Bréfritari: Soffía Daníelsdóttir
Viðtakandi: Jakobína Magnúsdóttir og Daníel Halldórsson
Dagsetning: A-1905-08-23
Skrifað á: Skeggjastöðum  N-Múl.
Soffía var dóttir Jakobínu og Daníels

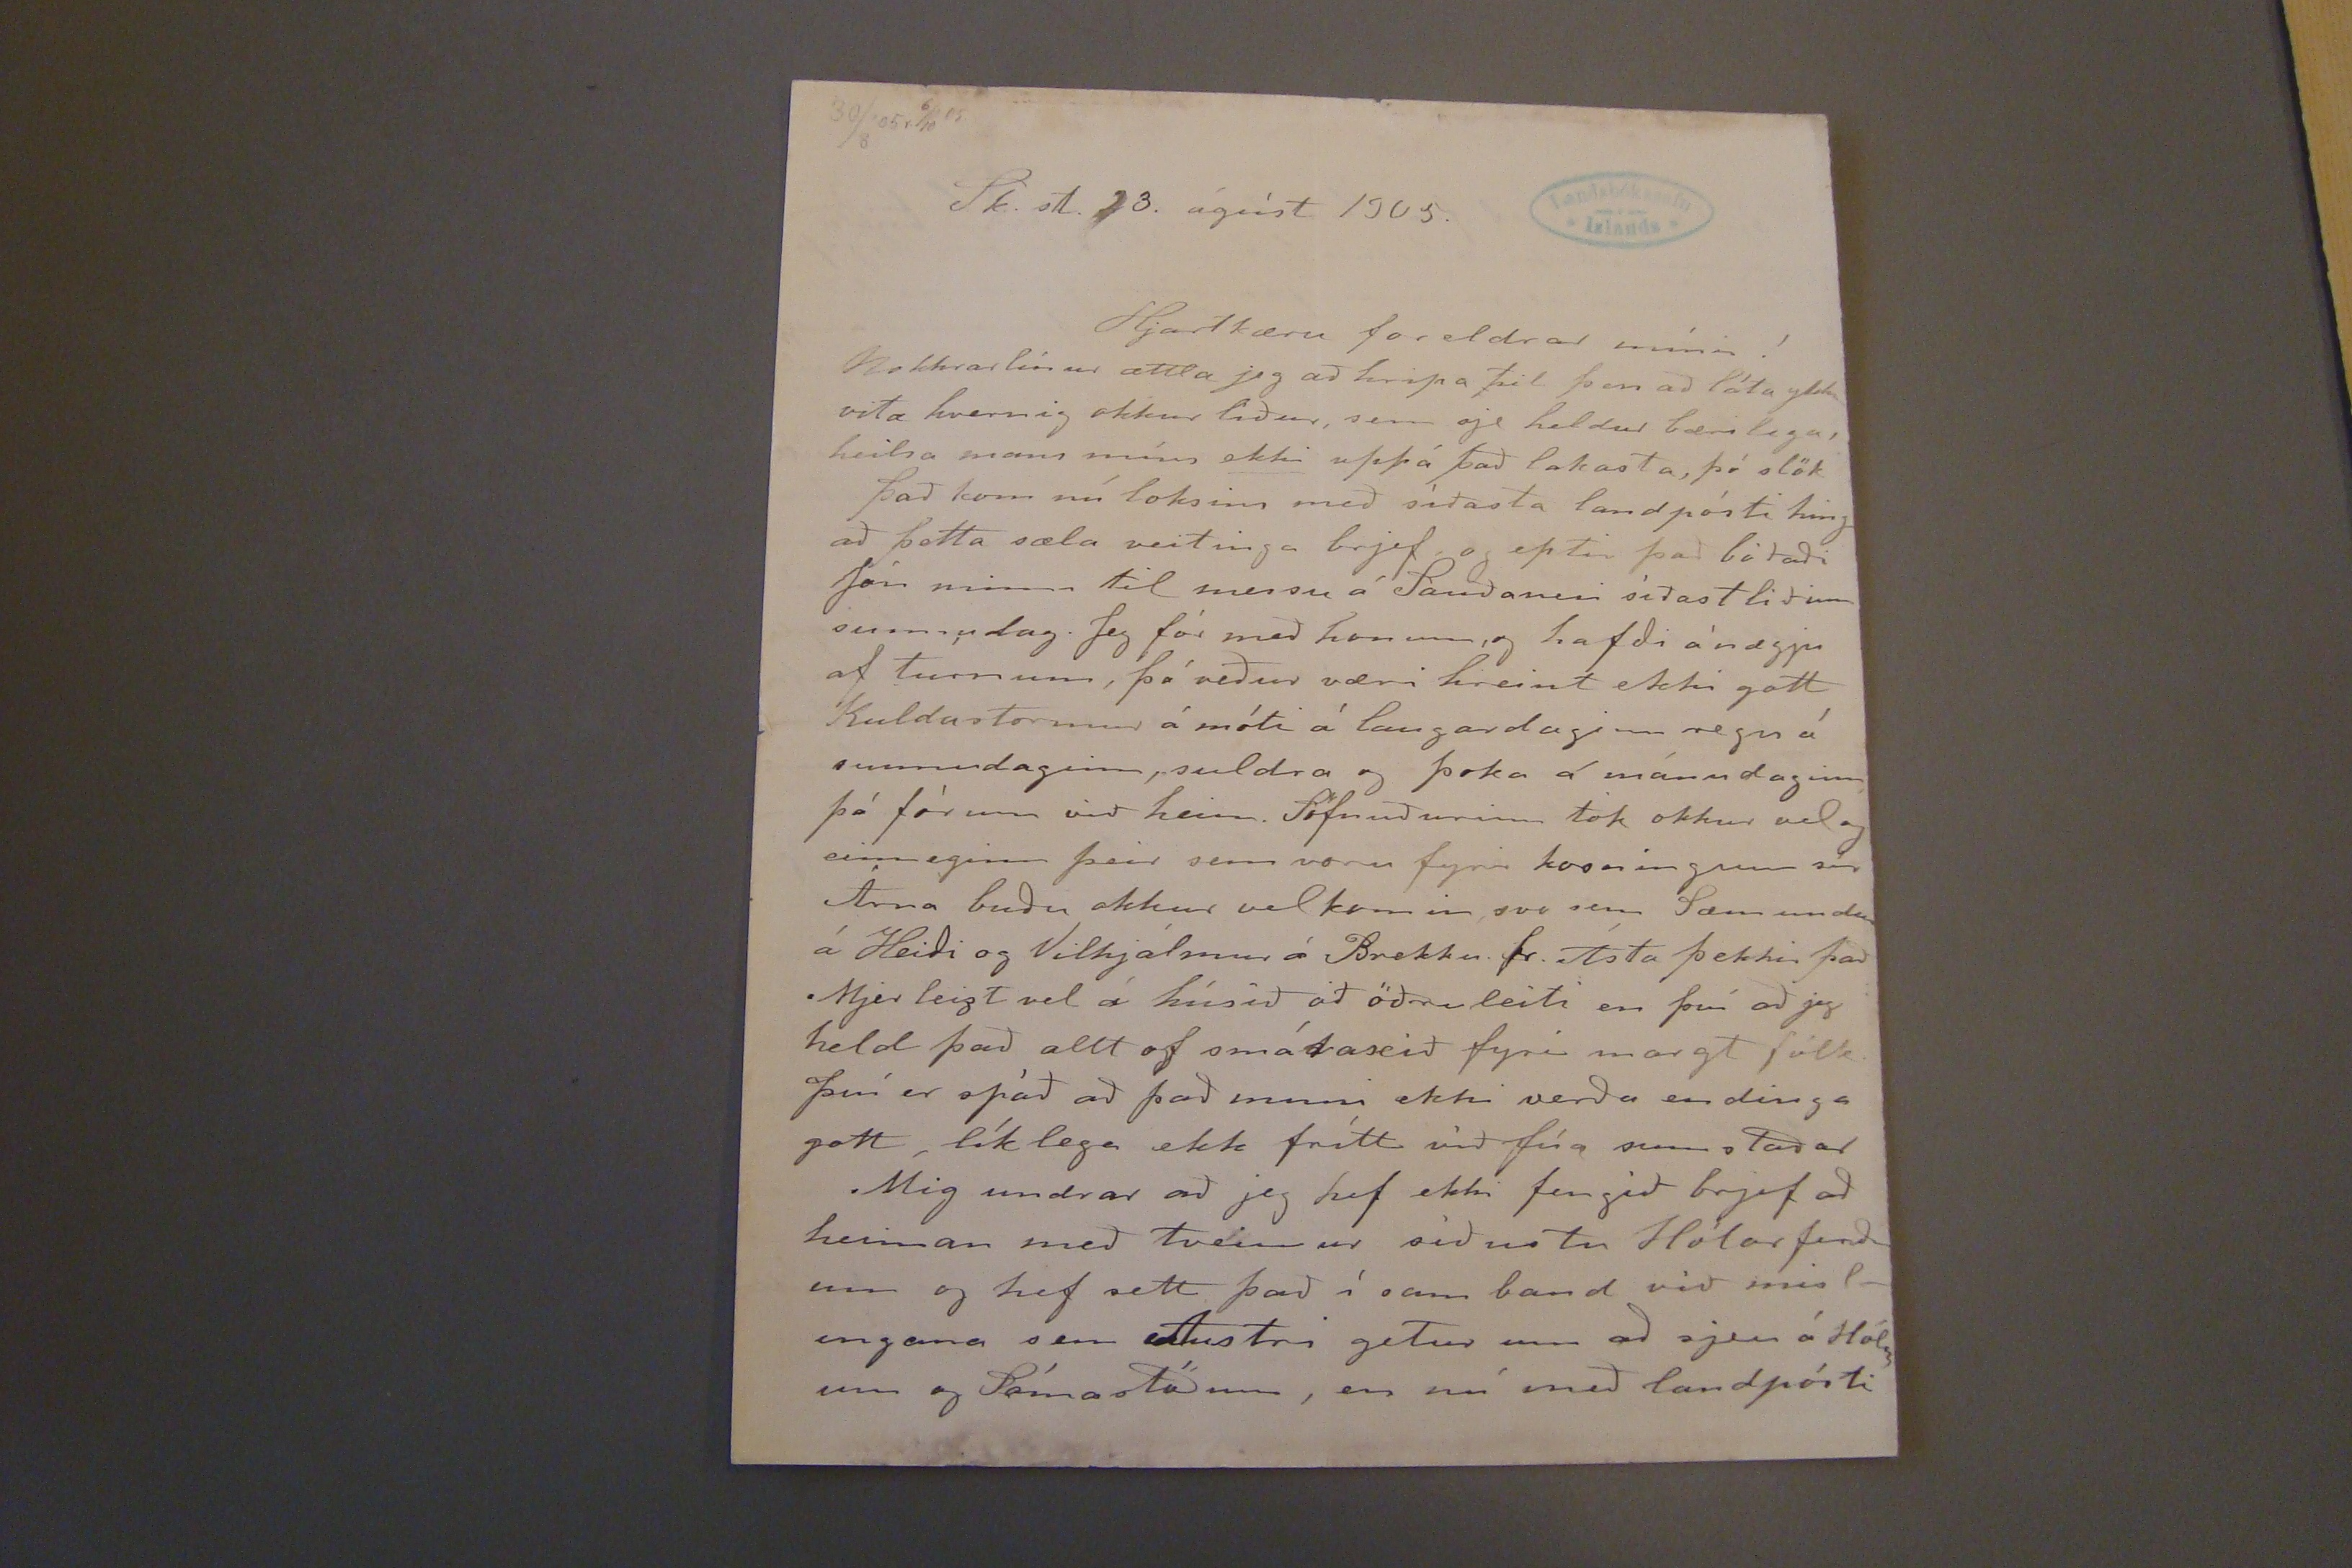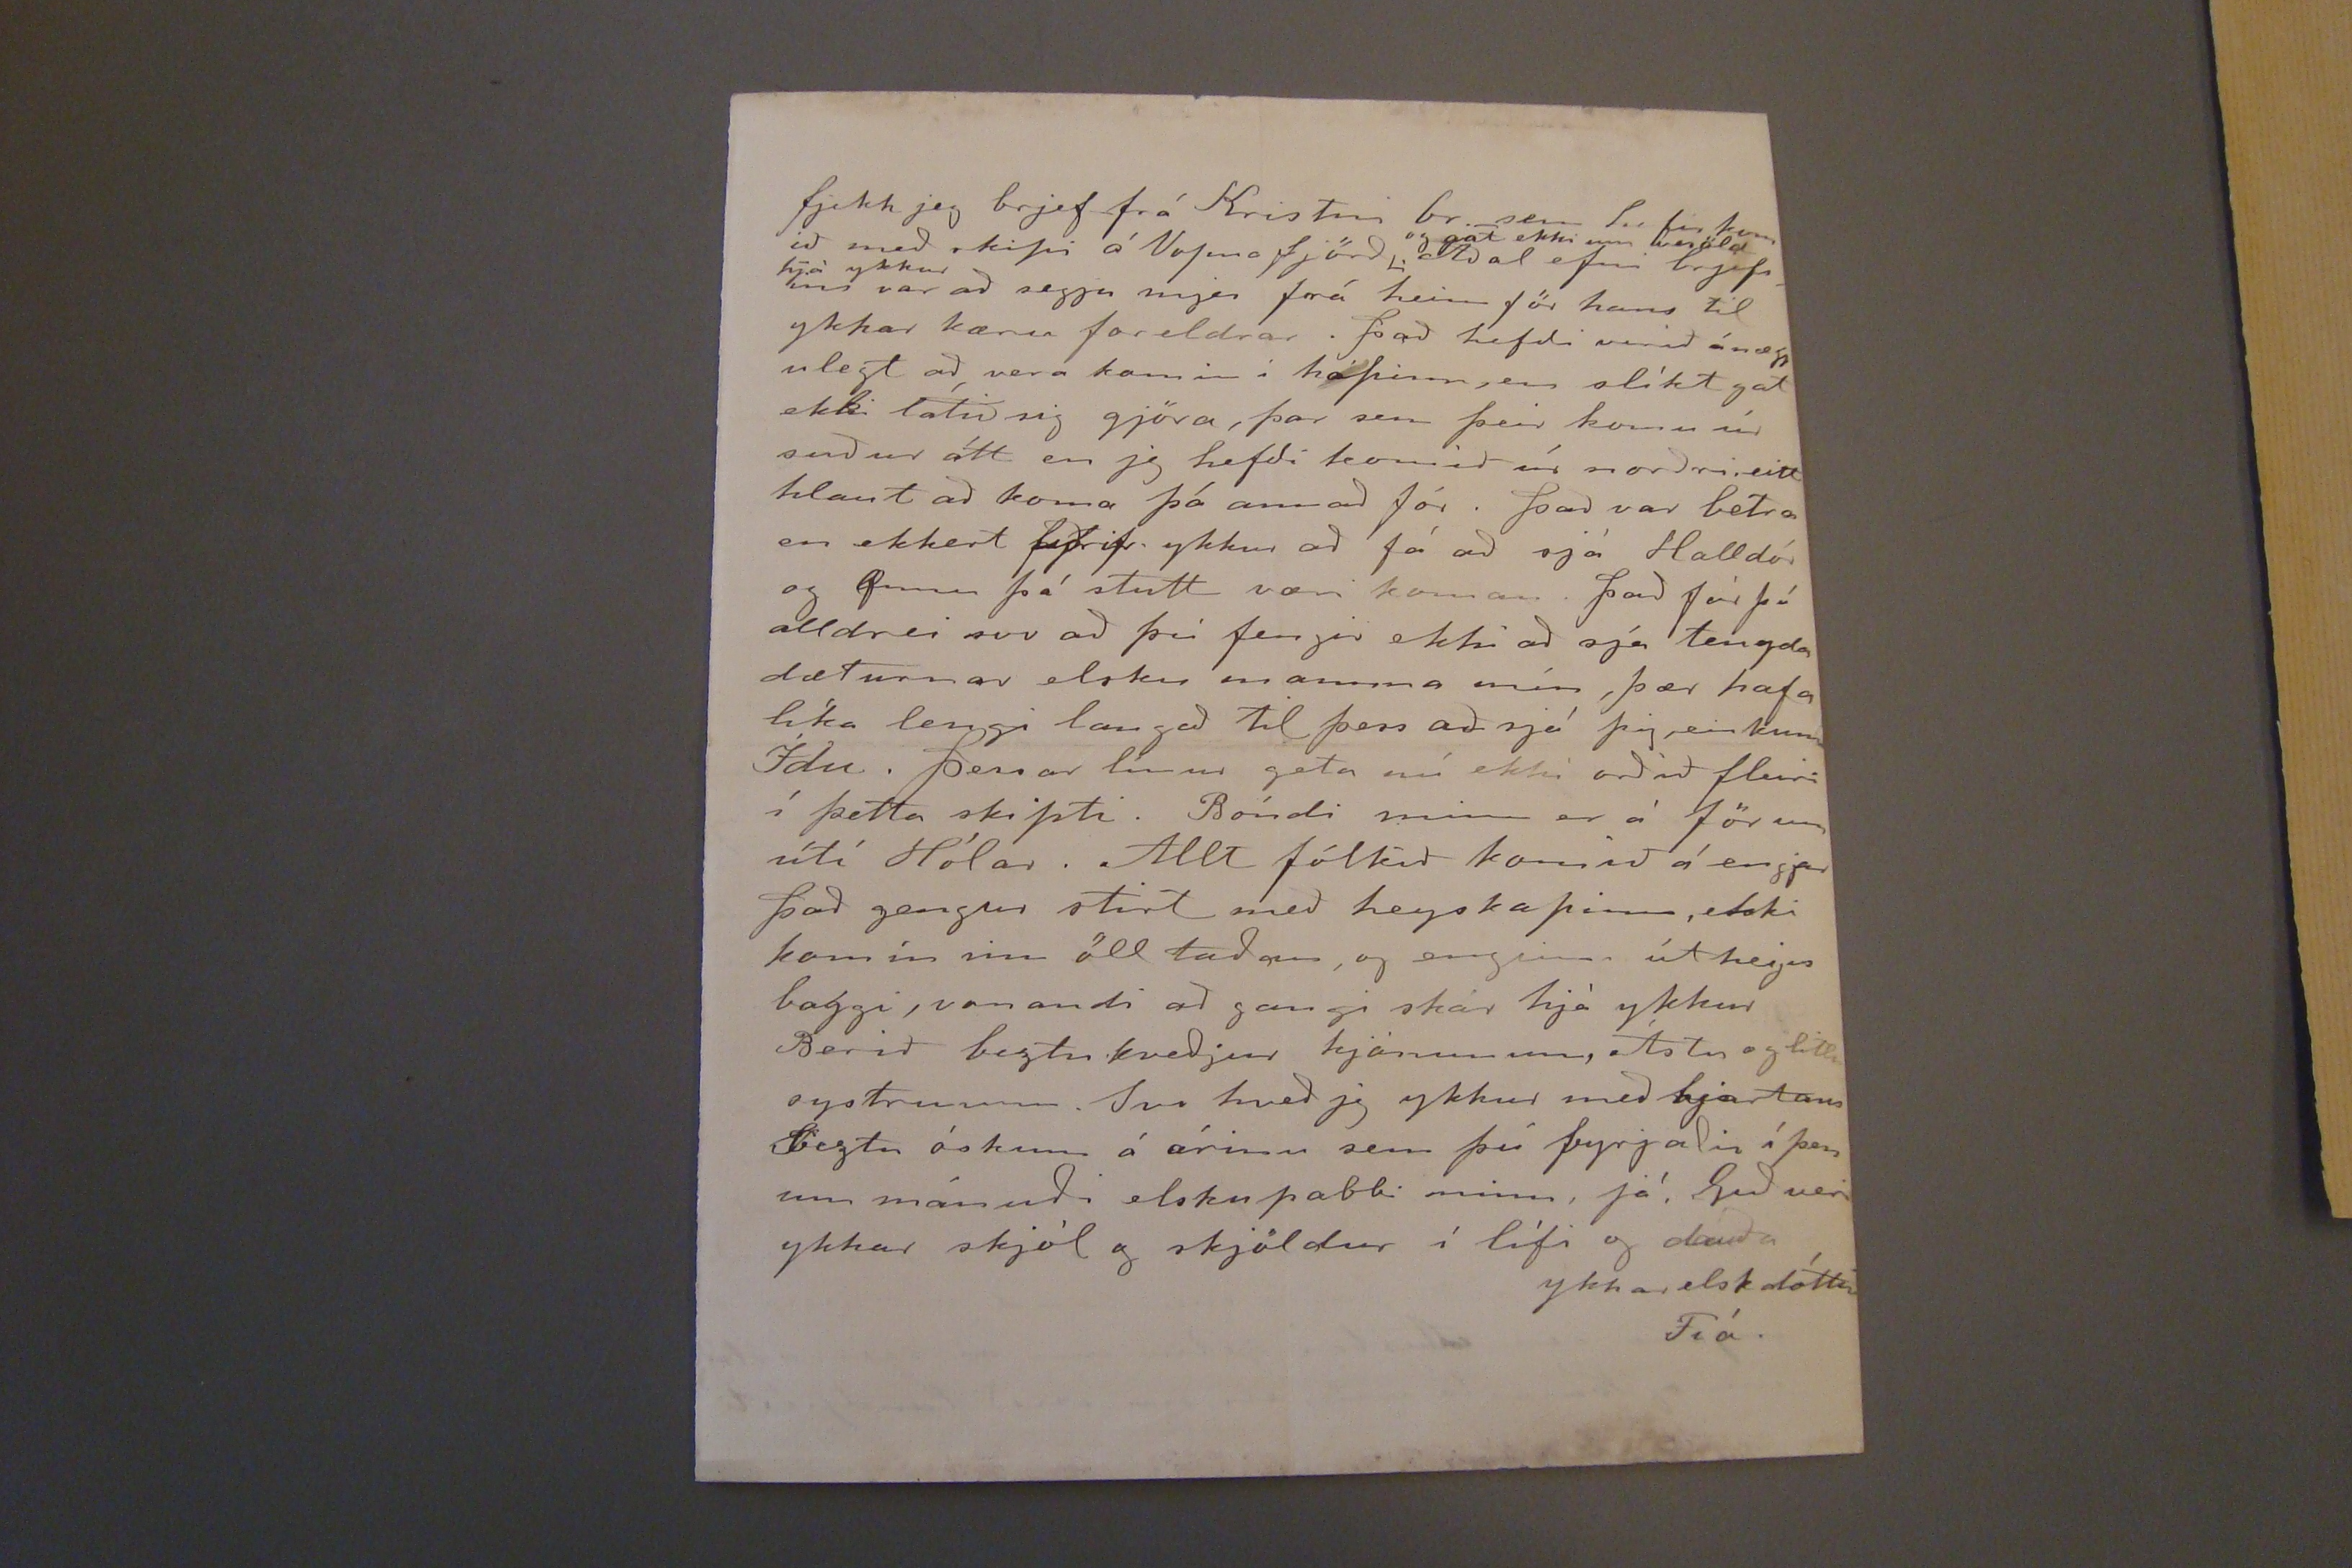

30/8'05 r 6/10 05
Sk. st. 23. ágúst 1905.
Hjartkæru foreldrar mínir!
Nokkrar línur ættla jeg að hripa til þess að láta ykkur vita hvernig okkur liður, sem sje heldur bærilega, heilsa mans míns ekki uppá það lakasta, þó slök það kom nú loksins með síðasta landpósti hing að þetta sæla veitinga brjef, og eptir það bótaði Jón minn til messu á Sauðanesi síðast liðinn sunnudag. Jeg fór með honum, og hafði ánægju af turnum, þó veður væri hreint ekki gott Kuldastormur á móti á laugardaginn regn á sunnudaginn, suldra og þoka á mánudaginn þá fórum við heim. Söfnuðurinn tók okkur vel og einveginn þeir sem voru fyrir kosningum sír Árna buðu okkur vel komin, svo sem Sæmundur á Heiði og Vilhjálmur á Brekku. fr. Ásta þekkir það Mjer leizt vel á húsið að öðru leiti en því að jeg held það allt of smávaxið fyrir margt fólk. því er spáð að það muni ekki verða endinga gott, líklega ekk frítt við fúa sumstaðar
Mig undrar að jeg hef ekki fengið brjef að heiman með tveimur síðustu Hólar ferðum og hef sett það í sam band við mislingana sem Austri getur um að sjeu á Hólum og Sómastöðum, en nú með landpósti
fjekk jeg brjef frá Kristni br. sem hefir kom ið með skipi á Vopna fjörð
og gat ekki um kvöld hjá ykkur
Aðal efni brjefsins var að segja mjer frá heim för hans til ykkar kæru foreldrar. það hefði verið ánægjulegt að vera komin í hópinn, en slíkt gat ekki látið sig gjöra, þar sem þeir komu úr suður átt en jg hefði komið úr norðri. eitt hlaut að koma þá annað fór. það var betra en ekkert fyrir ykkur að fá að sjá Halldór og Gunnu þó stutt væri koman. það fór þó alldrei svo að þú fengir ekki að sá tengda dæturnar elsku mamma mín, þær hafa líka lengi langað til þess að sjá þig einkum Ídu. þessar línur geta nú ekki orðið fleiri í þetta skipti. Bóndi minn er á förum útí Hólar. Allt fólkið komið á engjar það gengur stirt með heyskapinn, ekki komin inn öll taðan, og enginn út heija baggi, vonandi að gangi skár hjá ykkur Berið beztu kveðjur hjónunum, Ástu og litlu systrunum. Svo hveð jg ykkur með hjartans beztu óskum á árinu sem þú byrjaðir í þess um mánuði elsku pabbi minn, já! Guð veri ykkar skjól og skjöldur í lífi og dauða
ykkar elsk dóttir
Fía.